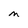
Character: M